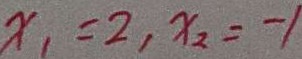
x _ { 1 } = 2 , x _ { 2 } = - 1